Trukikaitis_Postimees, lk 46
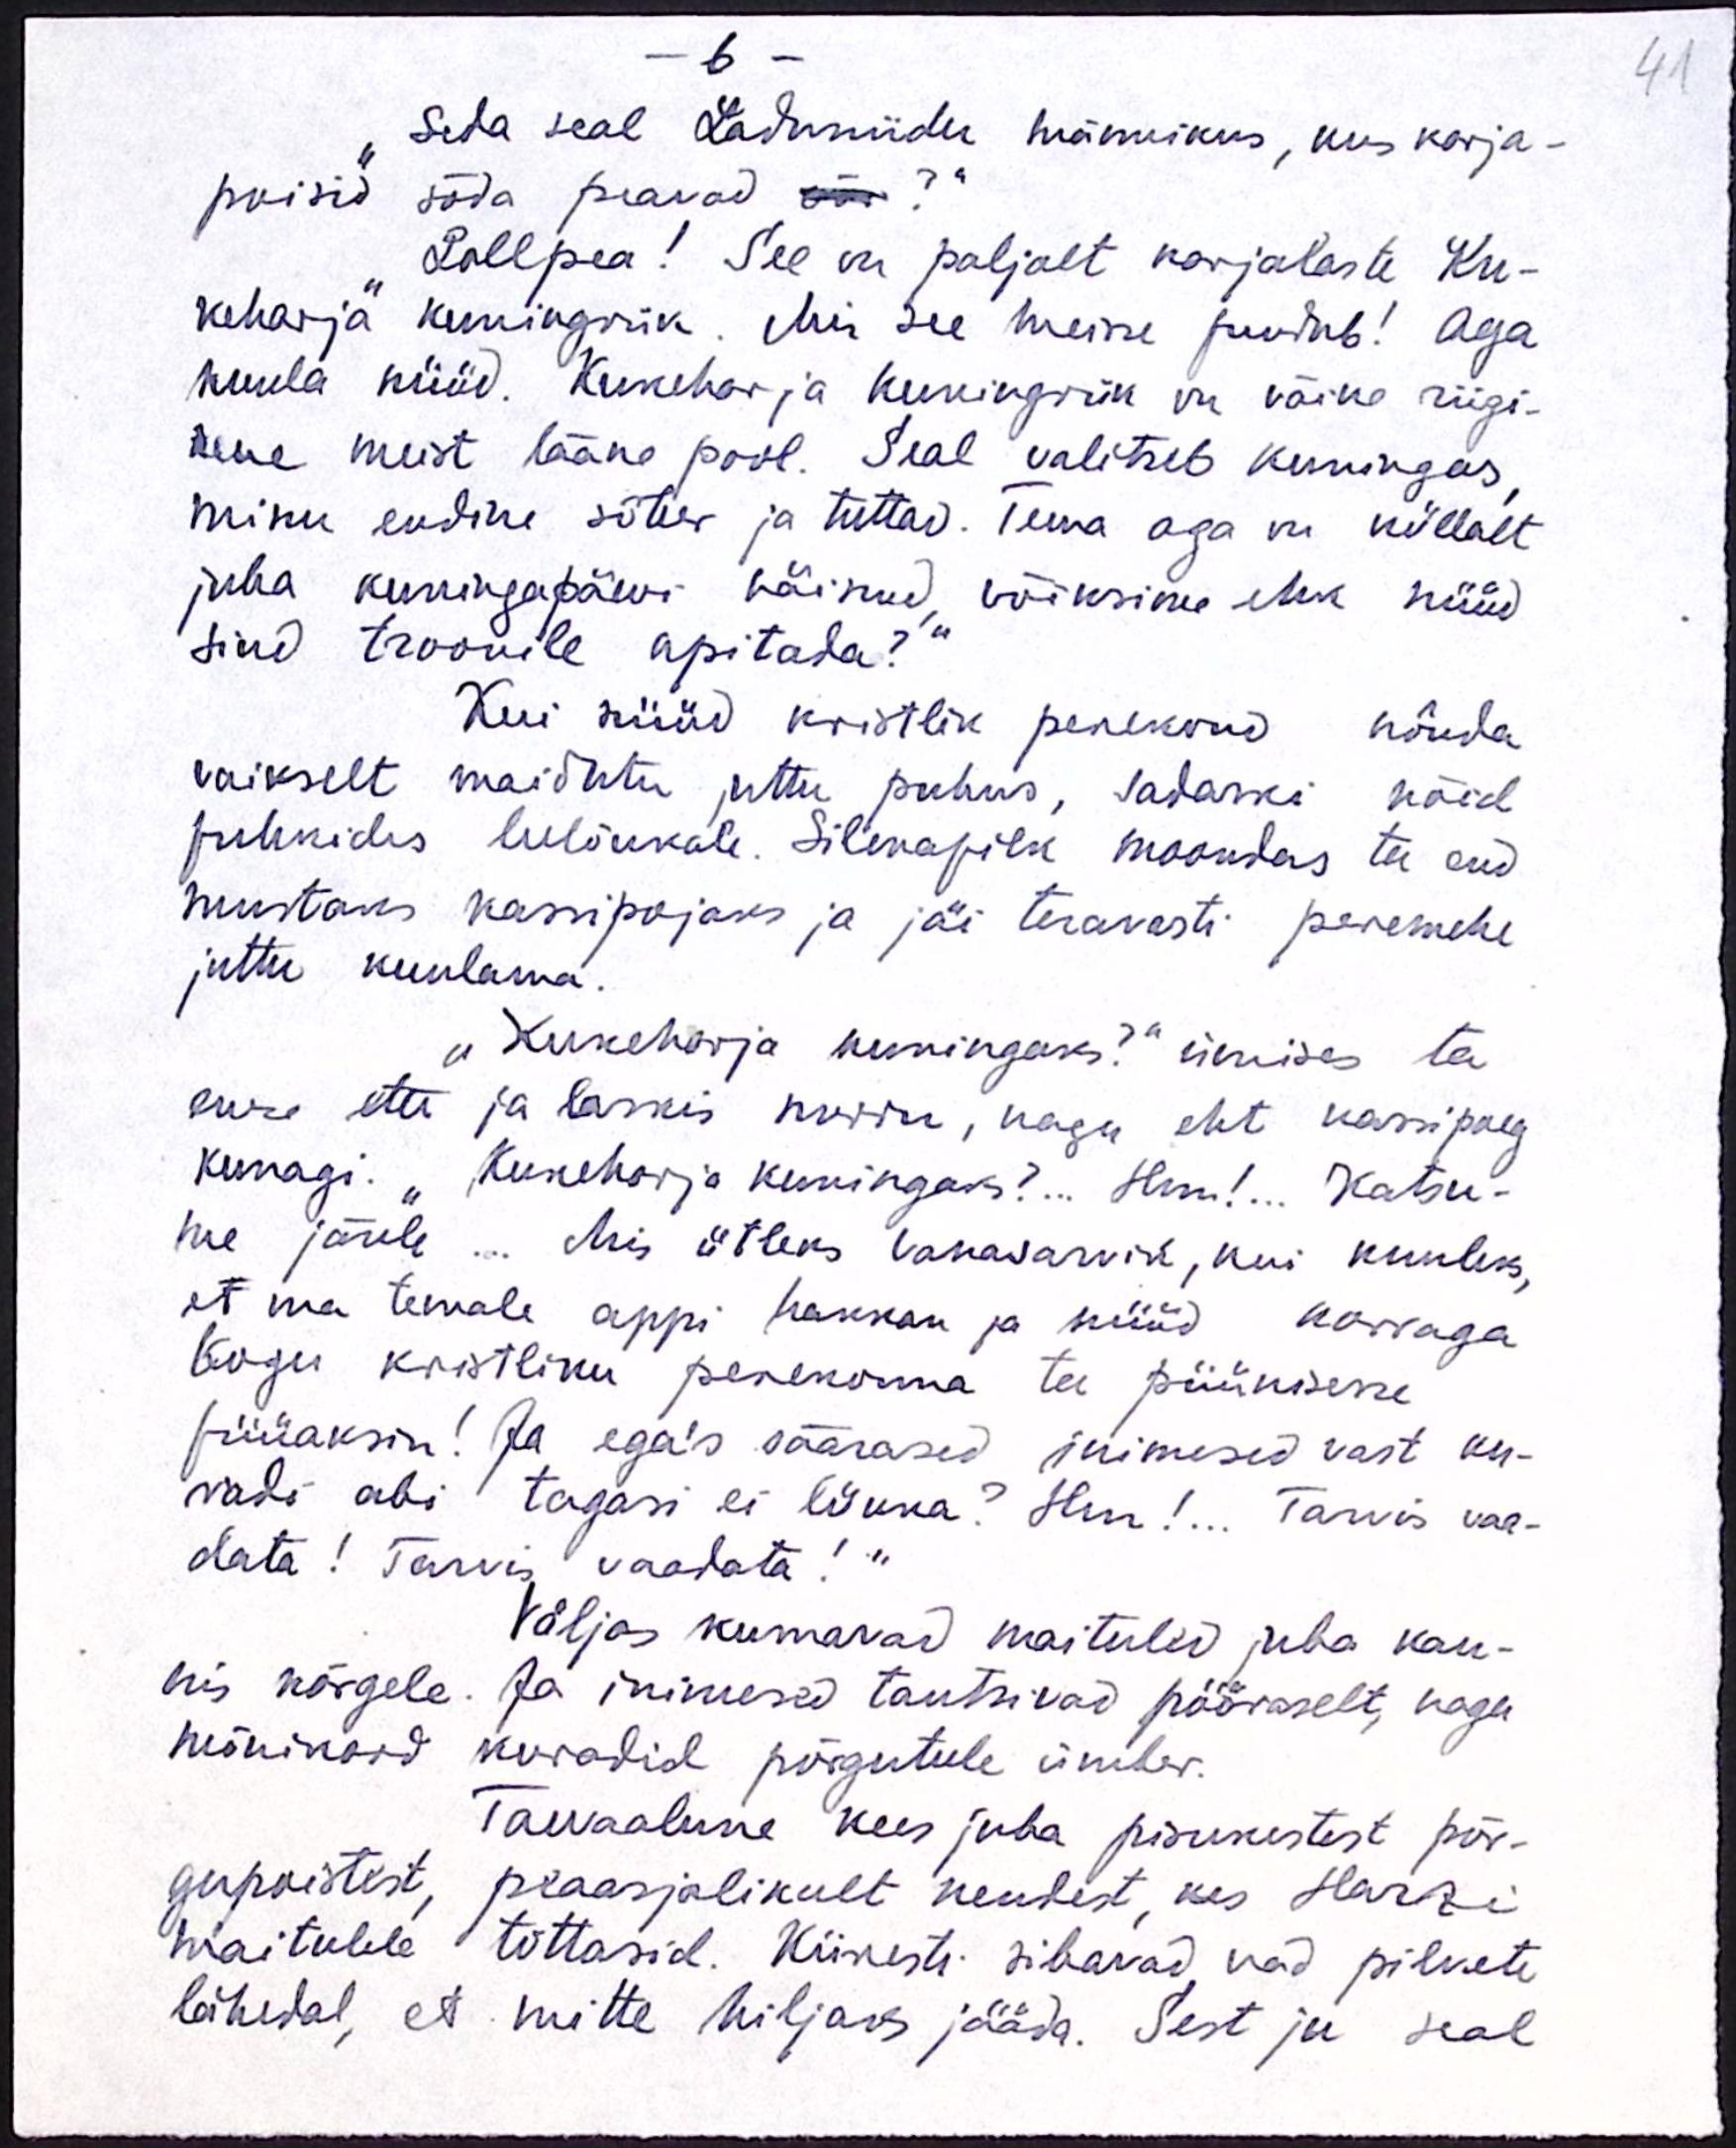
-6 -
"Seda seal Laduniidu männikus, kus karja-
poisid sõda peavad?"
"Lollpea! See on paljalt karjalaste Ku-
keharja kuningriik. Mis see meisse puudub! Aga
kuula nüüd. Kukeharja kuningriik on väike riigi-
kene meist lääne pool. Seal valitseb kuningas
minu endine sõber ja tuttav. Tema aga on küllalt
juha kuningapäevi näinud, võiksime ehk nüüd
sind troonile upitada?“
Kui nüüd kristlik perekond nõnda
vaikselt maiõhtu juttu puhus, sadaski nõid
puhkides leelõukale. Silmapilk moondas ta end
mustaks kassipojaks ja jäi teravasti peremehe
juttu kuulama.
"Kukeharja kuningaks?" ümises ta
enese ette ja laskis nurru, nagu eht kassipoeg
kunagi. "Kukeharja kuningaks?... Hm!... Katsu-
me järele... mis ütleks vanasarvik, kui kuuleks,
et ma temale appi hakkan ja nüüd korraga
Kogu kristliku perekonna ta püünisesse
püüaksin. Ja ega's säärased inimesed vast ku-
radi abi tagasi ei lükka? Hm!... Tarvis vaa-
data! Tarvis vaadata!"
Väljas kumavad maituled juba kau-
nis kõrgele. Ja inimesed tantsivad pööraselt, nagu
mõnikord kuradid põrgutule ümber.
Taevaalune kees juba pisukestest põr-
gupoistest, peaasjalikult nendest, kes Harzi
maitulele tõttasid. Kiikesti sibavad, nad pilvete
lähedal, et mitte hiljaks jääda. Sest ju seal

41